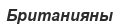
Британияны